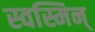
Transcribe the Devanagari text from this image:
स्वस्मिन्